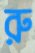
রু